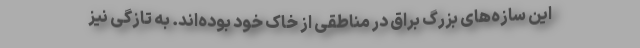
این سازه‌های بزرگ براق در مناطقی از خاک خود بوده‌اند. به تازگی نیز